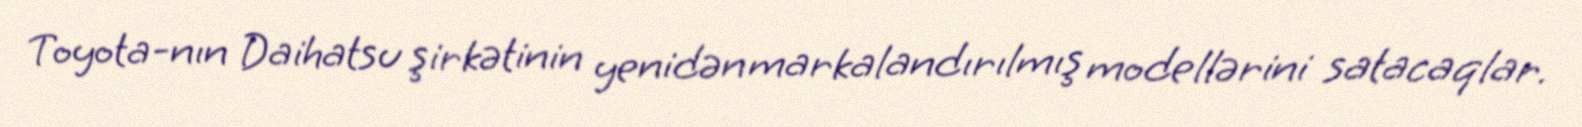
Toyota-nın Daihatsu şirkətinin yenidən markalandırılmış modellərini satacaqlar.